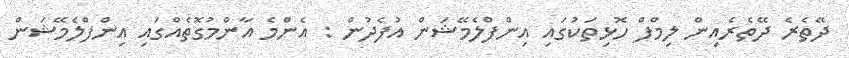
ދޭތެރެ ދޭތެރެއިން ލިމްފް ހޮޅިތަކުގައި އިންފްލެމޭޝަން އުފެދުން : އެންމެ އާންމުގޮތެއްގައި އިންފްލެމޭޝަން